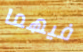
فيهما